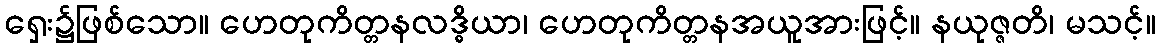
ရှေး၌ဖြစ်သော။ ဟေတုကိတ္တနလဒ္ဓိယာ၊ ဟေတုကိတ္တနအယူအားဖြင့်။ နယုဇ္ဇတိ၊ မသင့်။